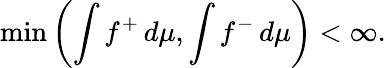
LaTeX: \operatorname*{min}\left(\int f^{+}\, d\mu,\int f^{-}\, d\mu\right)<\infty.